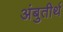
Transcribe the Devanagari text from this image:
अंबुतीर्थ